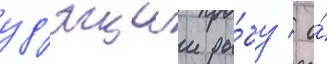
уд'ящии ры́бу / о́